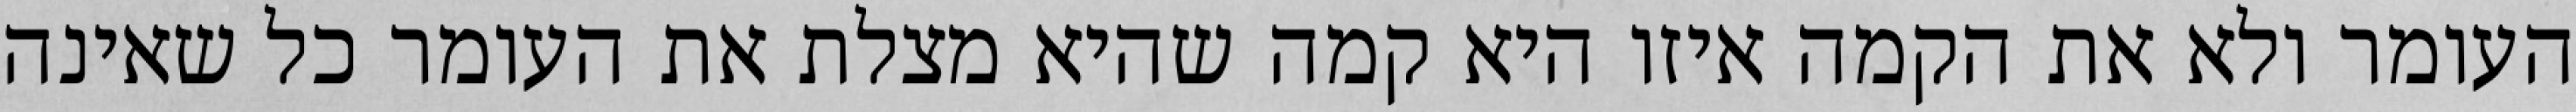
העומר ולא את הקמה איזו היא קמה שהיא מצלת את העומר כל שאינה